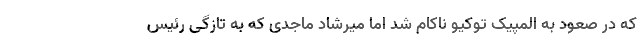
که در صعود به المپیک توکیو ناکام شد اما میرشاد ماجدی که به تازگی رئیس